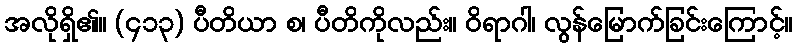
အလိုရှိ၏။ (၄၁၃) ပီတိယာ စ၊ ပီတိကိုလည်း။ ဝိရာဂါ၊ လွန်မြောက်ခြင်းကြောင့်။